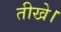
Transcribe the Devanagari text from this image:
तीखे।